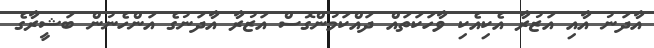
އާދަނު އާއި އަޒުރާ އެކިއެކި ވާހަކަތައް ދައްކަމުންގޮސް އަޒުރާ އާދަނުގެ އަންހެނުން ބަޝީރާގެ